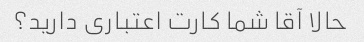
حالا آقا شما کارت اعتباری دارید؟